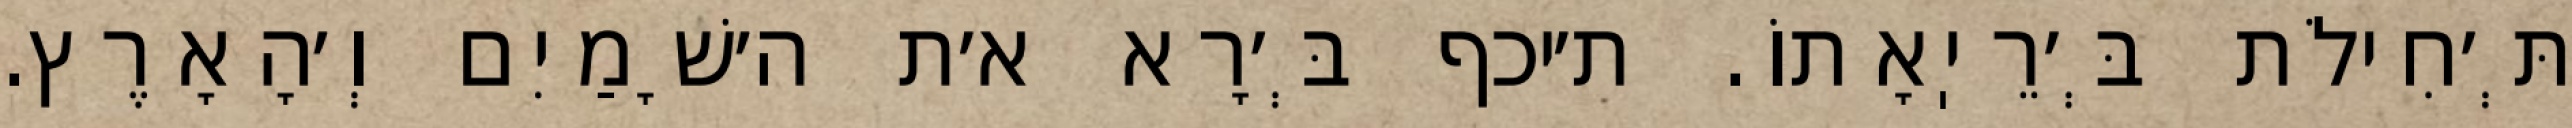
תְּ׳חִילֹת בְּ׳רֵיֽאָתוֹ. ת׳יכף בְּ׳רָא א׳ת ה׳שָׁמַיִם וְ׳הָאָרֶץ.